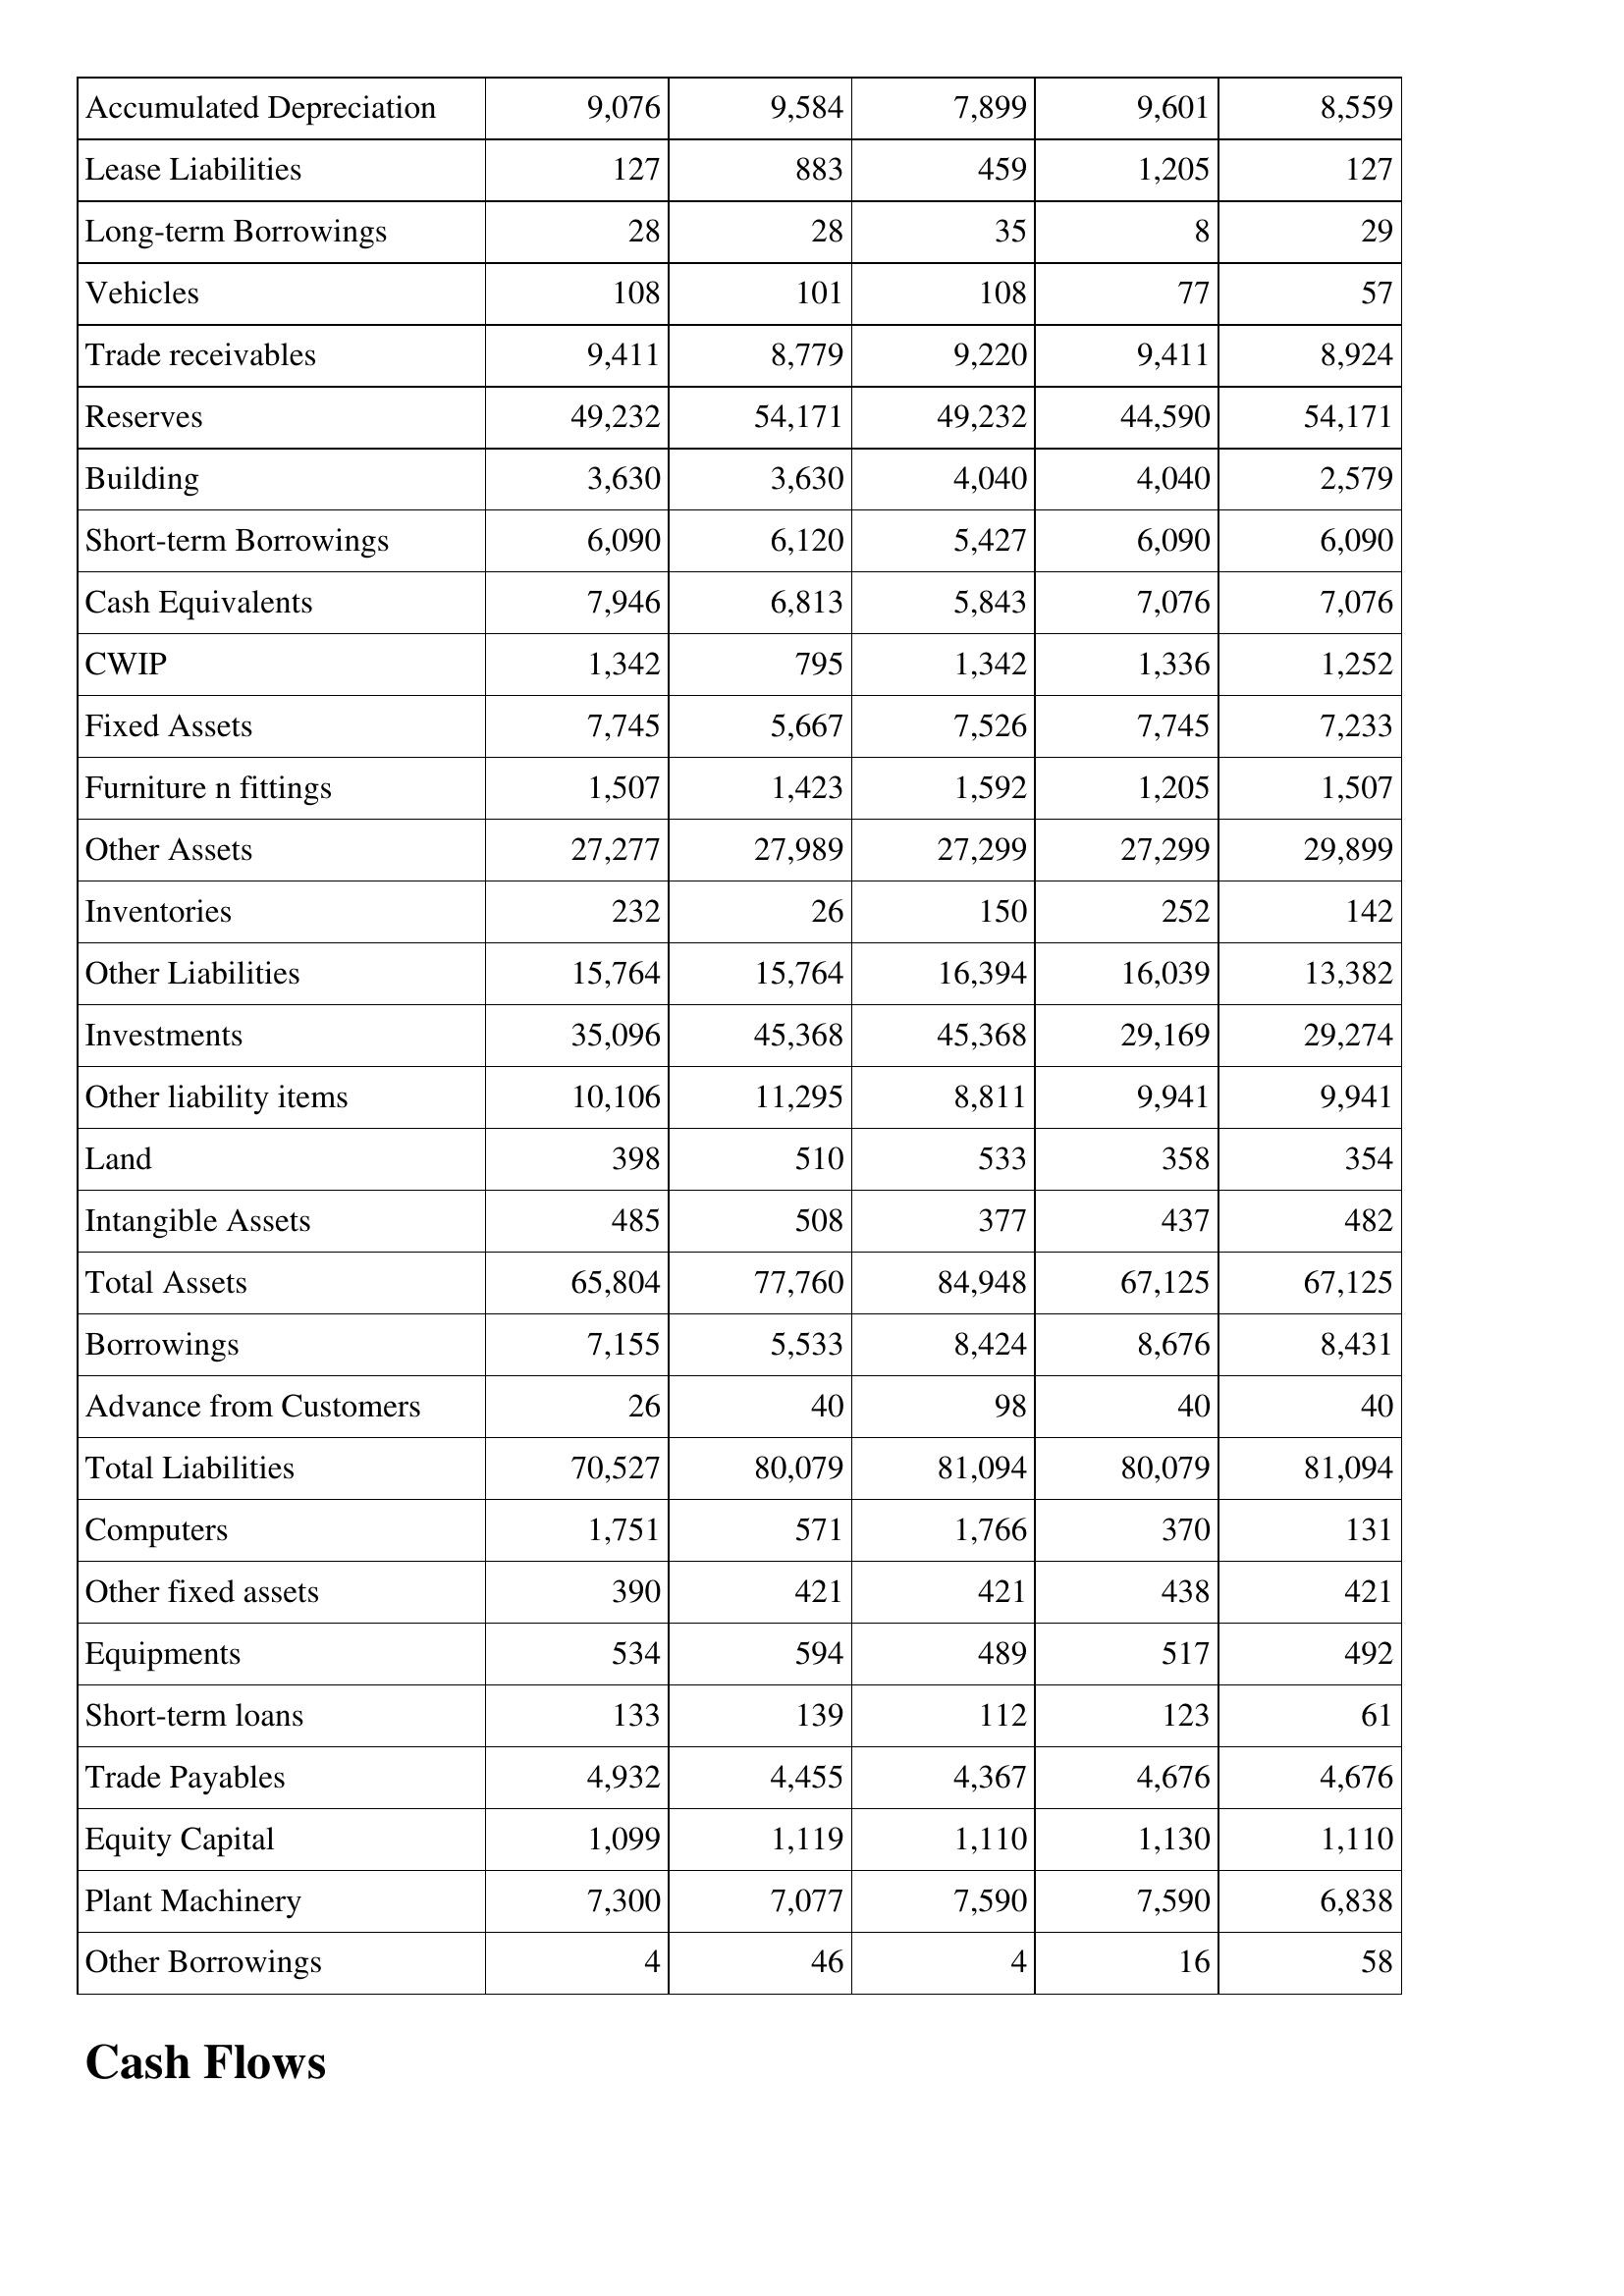
Jun-15: Balance Sheet: Accumulated Depreciation: 9,076
Lease Liabilities: 127
Long-term Borrowings: 28
Vehicles: 108
Trade receivables: 9,411
Reserves: 49,232
Building: 3,630
Short-term Borrowings: 6,090
Cash Equivalents: 7,946
CWIP: 1,342
Fixed Assets: 7,745
Furniture n fittings: 1,507
Other Assets: 27,277
Inventories: 232
Other Liabilities: 15,764
Investments: 35,096
Other liability items: 10,106
Land: 398
Intangible Assets: 485
Total Assets: 65,804
Borrowings: 7,155
Advance from Customers: 26
Total Liabilities: 70,527
Computers: 1,751
Other fixed assets: 390
Equipments: 534
Short-term loans: 133
Trade Payables: 4,932
Equity Capital: 1,099
Plant Machinery: 7,300
Other Borrowings: 4
Jun-14: Balance Sheet: Accumulated Depreciation: 9,584
Lease Liabilities: 883
Long-term Borrowings: 28
Vehicles: 101
Trade receivables: 8,779
Reserves: 54,171
Building: 3,630
Short-term Borrowings: 6,120
Cash Equivalents: 6,813
CWIP: 795
Fixed Assets: 5,667
Furniture n fittings: 1,423
Other Assets: 27,989
Inventories: 26
Other Liabilities: 15,764
Investments: 45,368
Other liability items: 11,295
Land: 510
Intangible Assets: 508
Total Assets: 77,760
Borrowings: 5,533
Advance from Customers: 40
Total Liabilities: 80,079
Computers: 571
Other fixed assets: 421
Equipments: 594
Short-term loans: 139
Trade Payables: 4,455
Equity Capital: 1,119
Plant Machinery: 7,077
Other Borrowings: 46
Jun-13: Balance Sheet: Accumulated Depreciation: 7,899
Lease Liabilities: 459
Long-term Borrowings: 35
Vehicles: 108
Trade receivables: 9,220
Reserves: 49,232
Building: 4,040
Short-term Borrowings: 5,427
Cash Equivalents: 5,843
CWIP: 1,342
Fixed Assets: 7,526
Furniture n fittings: 1,592
Other Assets: 27,299
Inventories: 150
Other Liabilities: 16,394
Investments: 45,368
Other liability items: 8,811
Land: 533
Intangible Assets: 377
Total Assets: 84,948
Borrowings: 8,424
Advance from Customers: 98
Total Liabilities: 81,094
Computers: 1,766
Other fixed assets: 421
Equipments: 489
Short-term loans: 112
Trade Payables: 4,367
Equity Capital: 1,110
Plant Machinery: 7,590
Other Borrowings: 4
Jun-12: Balance Sheet: Accumulated Depreciation: 9,601
Lease Liabilities: 1,205
Long-term Borrowings: 8
Vehicles: 77
Trade receivables: 9,411
Reserves: 44,590
Building: 4,040
Short-term Borrowings: 6,090
Cash Equivalents: 7,076
CWIP: 1,336
Fixed Assets: 7,745
Furniture n fittings: 1,205
Other Assets: 27,299
Inventories: 252
Other Liabilities: 16,039
Investments: 29,169
Other liability items: 9,941
Land: 358
Intangible Assets: 437
Total Assets: 67,125
Borrowings: 8,676
Advance from Customers: 40
Total Liabilities: 80,079
Computers: 370
Other fixed assets: 438
Equipments: 517
Short-term loans: 123
Trade Payables: 4,676
Equity Capital: 1,130
Plant Machinery: 7,590
Other Borrowings: 16
Jun-11: Balance Sheet: Accumulated Depreciation: 8,559
Lease Liabilities: 127
Long-term Borrowings: 29
Vehicles: 57
Trade receivables: 8,924
Reserves: 54,171
Building: 2,579
Short-term Borrowings: 6,090
Cash Equivalents: 7,076
CWIP: 1,252
Fixed Assets: 7,233
Furniture n fittings: 1,507
Other Assets: 29,899
Inventories: 142
Other Liabilities: 13,382
Investments: 29,274
Other liability items: 9,941
Land: 354
Intangible Assets: 482
Total Assets: 67,125
Borrowings: 8,431
Advance from Customers: 40
Total Liabilities: 81,094
Computers: 131
Other fixed assets: 421
Equipments: 492
Short-term loans: 61
Trade Payables: 4,676
Equity Capital: 1,110
Plant Machinery: 6,838
Other Borrowings: 58